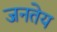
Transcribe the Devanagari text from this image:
जनतेय